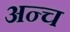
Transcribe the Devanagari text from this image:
अन्च